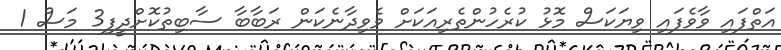
އަތްފައި ވާވެފައި ވިޔަކަސް މޮޅު ކުރެހުންތެރިއަކަށް ވެވިދާނެކަން ރަބާބާ ސާބިތުކޮށްދީފި3 މަސް 1